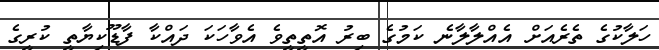
ހަލާކުގެ ތެރެއަށް އެއްލާލާނެ ކަމުގެ ބިރު އޮތީތީވެ އެވާހަކަ ދައްކާ ފާޑޫކިޔާތީ ކުރީގެ